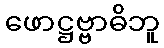
ဖောဋ္ဌဗ္ဗာဓိဘူ